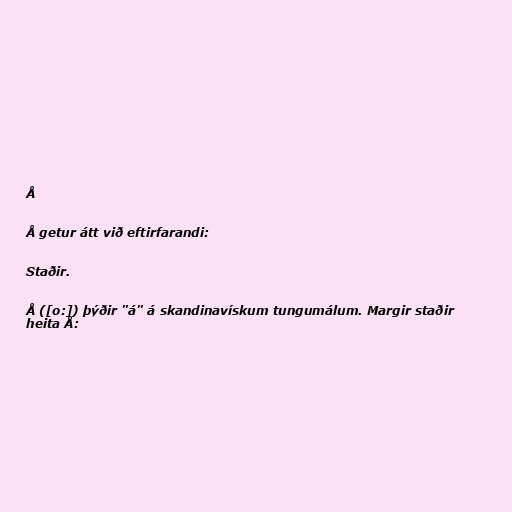
Å

Å getur átt við eftirfarandi:

Staðir.

Å ([o:]) þýðir "á" á skandinavískum tungumálum. Margir staðir
heita Å: